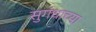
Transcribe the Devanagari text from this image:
सुगंधाच्या